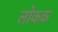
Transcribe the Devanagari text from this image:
लोकक